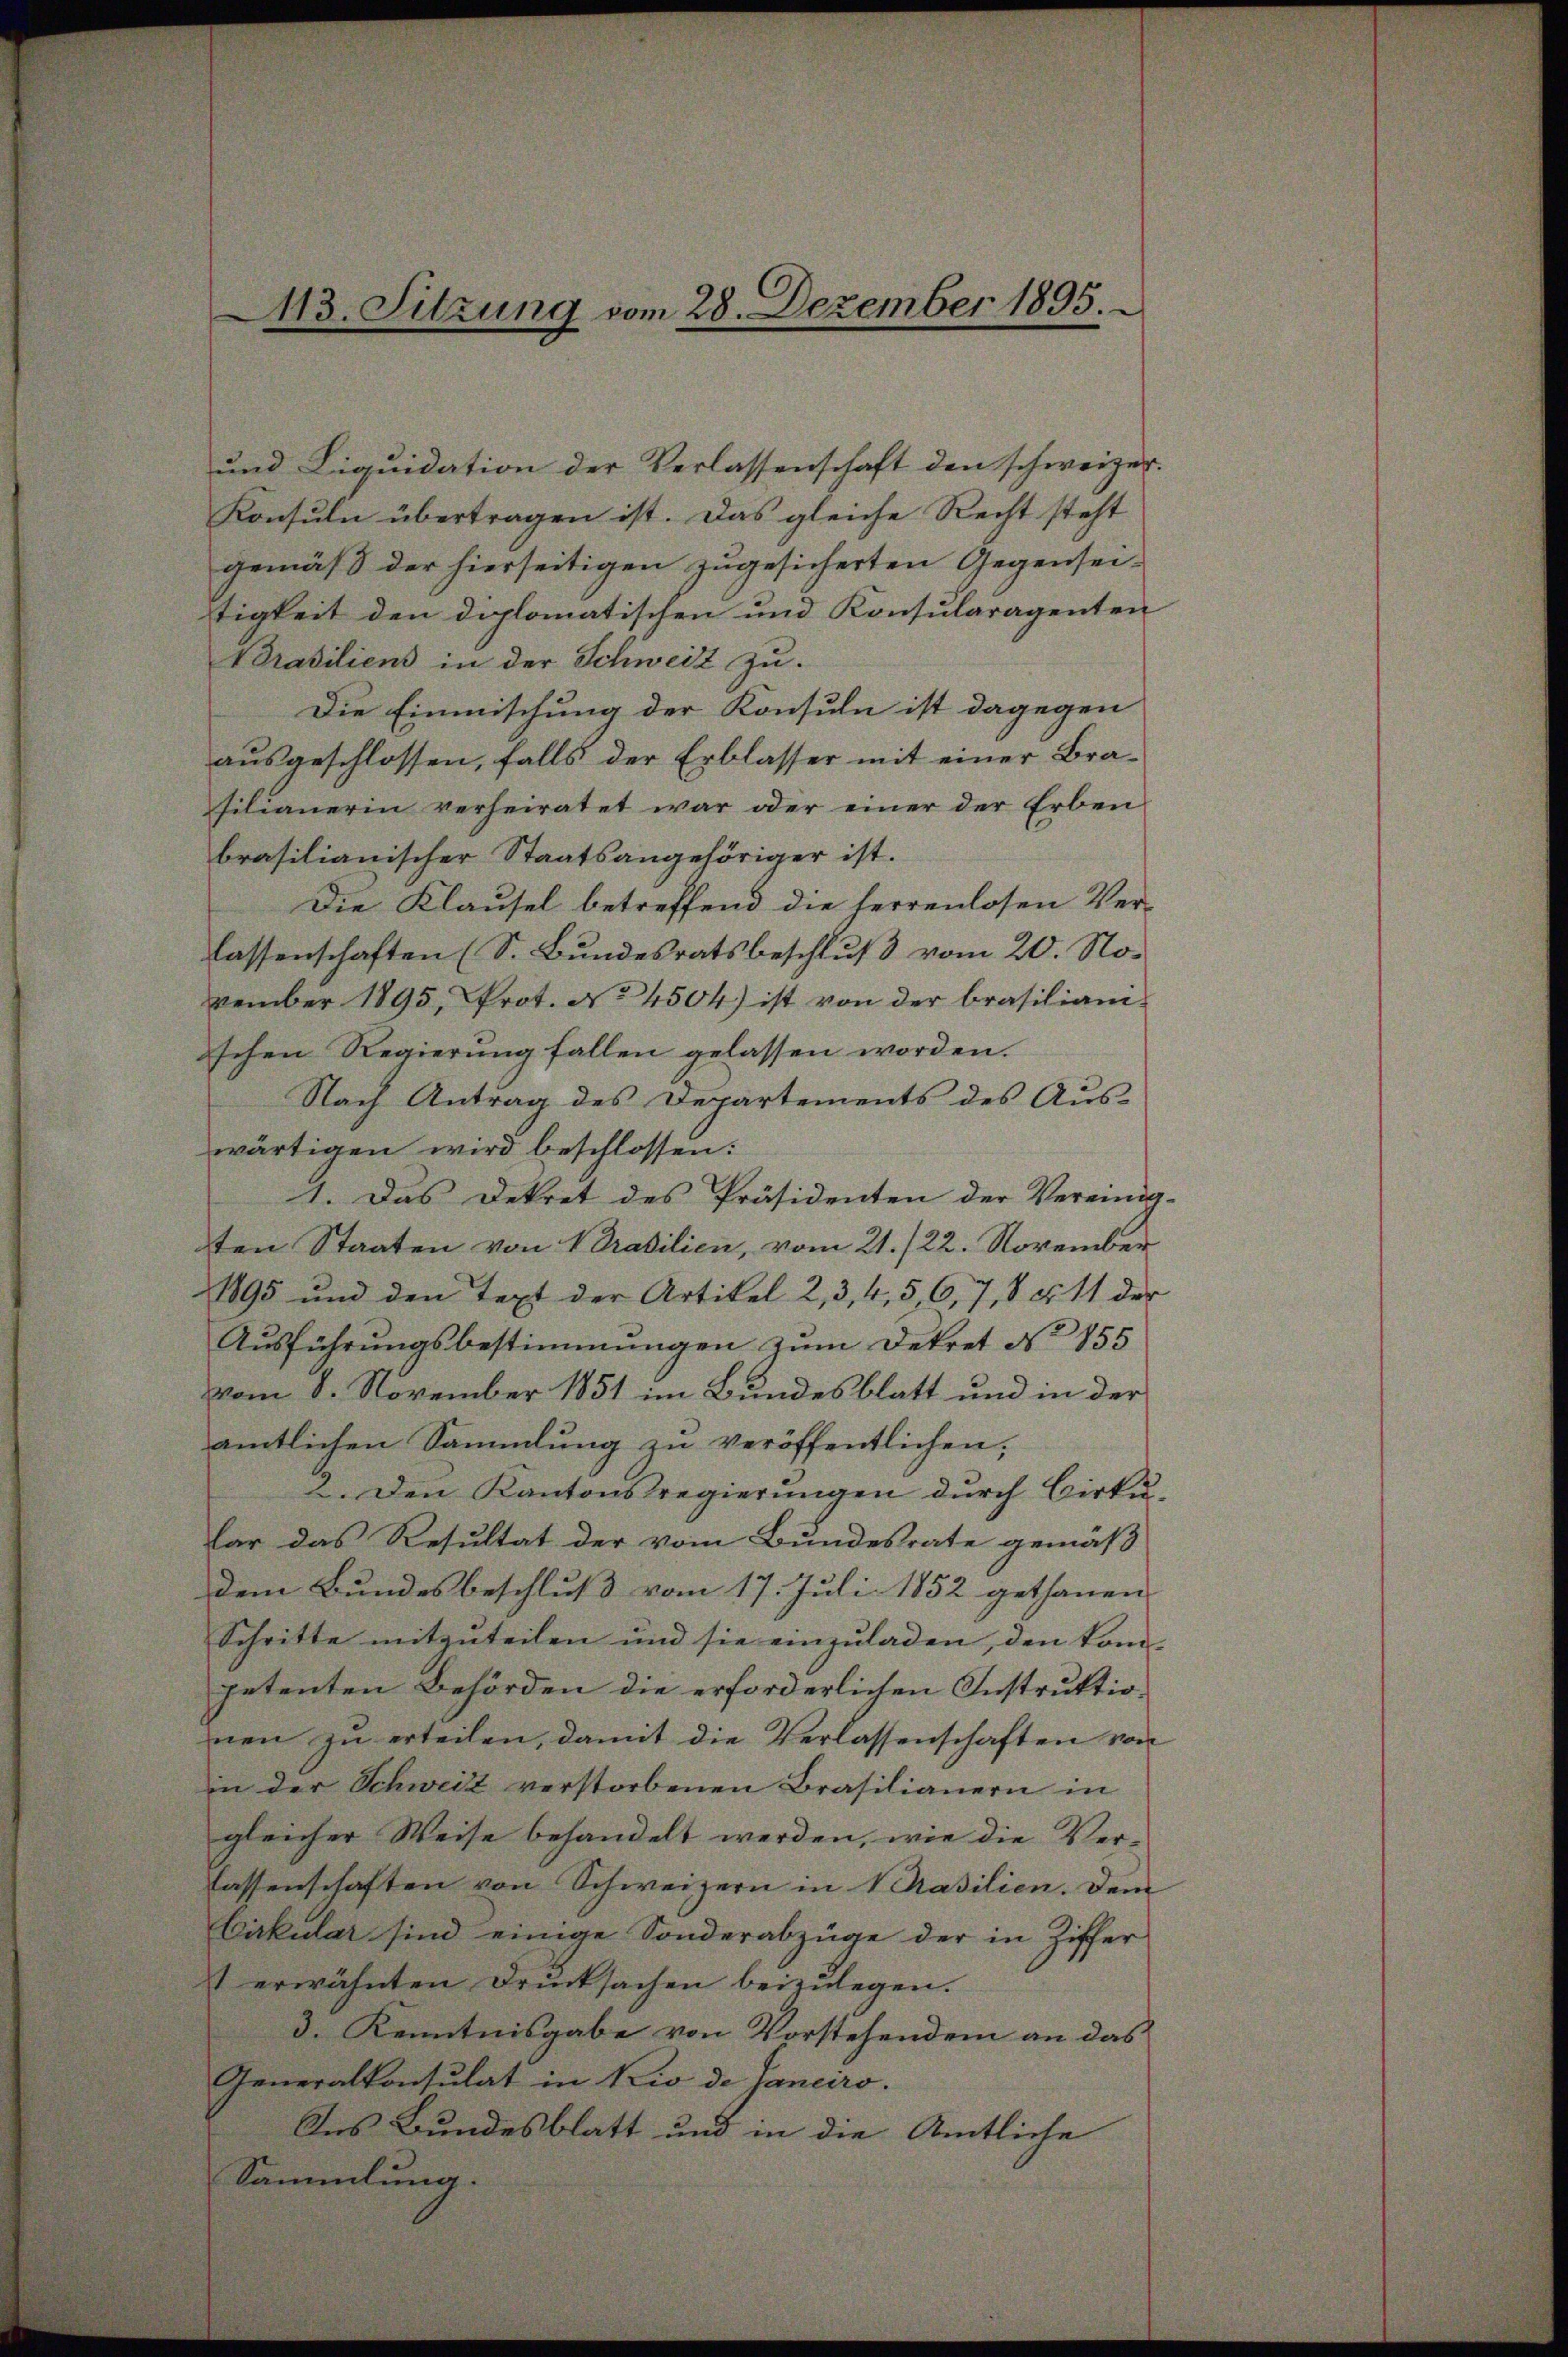
113. Sitzung vom 28. Dezember 1895.

und Liquidation der Verlassenschaft den schweizer.
Konsuln übertragen ist. Das gleiche Recht steht
gemäß der hierseitigen zugesicherten Gegensei-
tigkeit den diplomatischen und Konsularagenten
Brasiliens in der Schweiz zu.
Die Einmischung der Konsuln ist dagegen
ausgeschlossen, falls der Erblasser mit einer Brafilianerin verheiratet war oder einer der Erben
brasilianischer Staatsangehöriger ist.
Die Klausel betreffend die herrenlosen Verlassenschaften (S. Bundesratsbeschluß vom 20. November 1895, Prot. No 4504) ist von der brasiliamschen Regierŭng fallen gelassen worden.
Nach Antrag des Departements des Aus-
wärtigen wird beschlossen:
1. Das Dekret des Präsidenten der Vereinig-
ten Staaten von Brasilien, vom 21. /22. November
1895 und den Text der Artikel 2, 3, 4, 5, 6, 7, 8 § 11 der
Aŭsführŭngsbestimmungen zum Dekret No 155
vom 8. November 1851 im Bundesblatt und in der
amtlichen Sammlung zŭ veröffentlichen,
2. Den Kantonsregierungen durch Birku-
lar das Resultat der vom Bundesrate gemäß
dem Bundesbeschluss vom 17. Juli 1852 gethanen |
Schritte mitzuteilen und sie einzuladen, den kom- |
petenten Behörden die erforderlichen Instruktion
nen zu erteilen, damit die Verlassenschaften von
in der Schweiz verstorbenen Brasilianern in
gleicher Weise behandelt werden, wie die Verlassenschaften von Schweizern in Brasilien. Dem
Cirkular sind einige Sonderabzüge der in Ziffer
t erwähnten Drucksachen beizulegen.
3. Kenntnisgabe von Vorstehendem an das
Generalkonsulat in Kio de Janeiro.
Ins Bundesblatt und in die Amtliche
Sammlung.